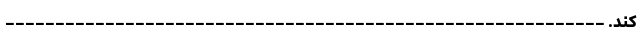
کند. ------------------------------------------------------------